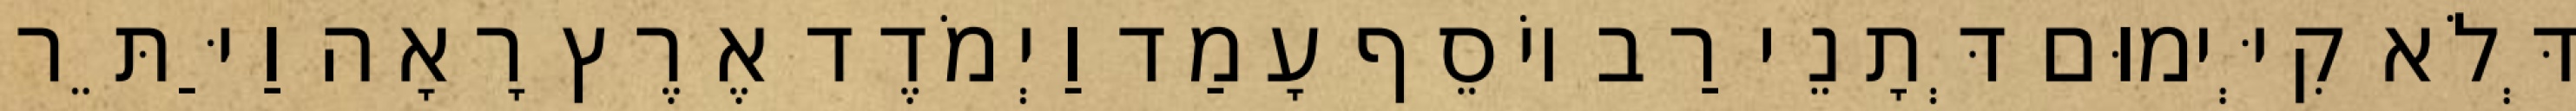
דְּלֹא קִיְּימוּם דְּתָנֵי רַב יוֹסֵף עָמַד וַיְמֹדֶד אֶרֶץ רָאָה וַיַּתֵּר